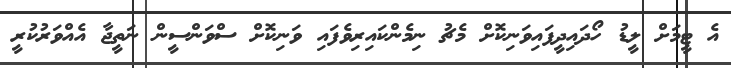
އެ ޓީމަށް ލީޑު ހޯދައިދީފައިވަނިކޮށް މެޗު ނިމެންކައިރިވެފައި ވަނިކޮށް ސްވަންސީން ނަތީޖާ އެއްވަރުކުރީ